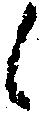
候